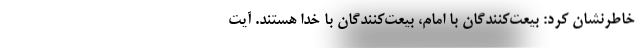
خاطرنشان کرد: بیعت‌کنندگان با امام، بیعت‌کنندگان با خدا هستند. آیت